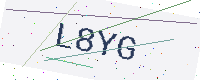
Text: L8YG